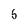
Character: 5